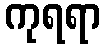
ကုရရာ